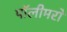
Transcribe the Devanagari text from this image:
पॉलीमरों